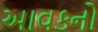
આવકનો